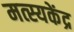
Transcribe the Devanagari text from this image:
मत्स्यकेंद्र